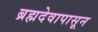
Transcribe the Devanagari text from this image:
ब्रह्मदेवापासून